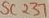
Text: SC237